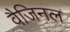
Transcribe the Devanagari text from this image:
वैजिनल